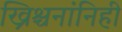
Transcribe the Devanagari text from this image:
ख्रिश्चनांनिही